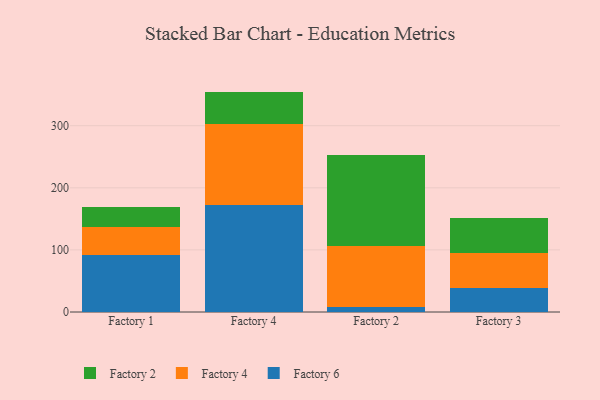
{"axis": {"x": "Factory", "y": "Bounce Rate (%)"}, "legend": ["Factory 2", "Factory 4", "Factory 6"], "data": [{"x": "Factory 1", "y": 92.0, "type": "Factory 6"}, {"x": "Factory 1", "y": 44.8, "type": "Factory 4"}, {"x": "Factory 1", "y": 32.3, "type": "Factory 2"}, {"x": "Factory 4", "y": 172.7, "type": "Factory 6"}, {"x": "Factory 4", "y": 130.2, "type": "Factory 4"}, {"x": "Factory 4", "y": 52.0, "type": "Factory 2"}, {"x": "Factory 2", "y": 7.7, "type": "Factory 6"}, {"x": "Factory 2", "y": 98.6, "type": "Factory 4"}, {"x": "Factory 2", "y": 146.1, "type": "Factory 2"}, {"x": "Factory 3", "y": 38.7, "type": "Factory 6"}, {"x": "Factory 3", "y": 55.9, "type": "Factory 4"}, {"x": "Factory 3", "y": 57.2, "type": "Factory 2"}]}